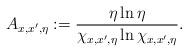
LaTeX: \begin{align*} A_{x,x',\eta}:= \frac{\eta \ln \eta}{ \chi_{x,x',\eta} \ln \chi_{x,x',\eta} } .\end{align*}